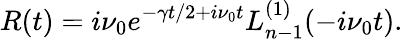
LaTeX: R(t)=i\nu_{0}e^{-\gamma t/2+i\nu_{0}t}L_{n-1}^{(1)}(-i\nu_{0}t).